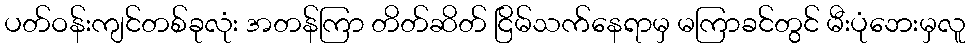
ပတ်ဝန်းကျင်တစ်ခုလုံး အတန်ကြာ တိတ်ဆိတ် ငြိမ်သက်နေရာမှ မကြာခင်တွင် မီးပုံဘေးမှလူ